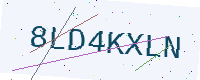
Text: 8LD4KXLN